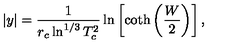
| y | = \frac { 1 } { r _ { c } \ln ^ { 1 / 3 } T _ { c } ^ { 2 } } \ln \left[ \coth \left( \frac { W } { 2 } \right) \right] ,